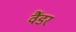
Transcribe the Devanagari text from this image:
वैंडर